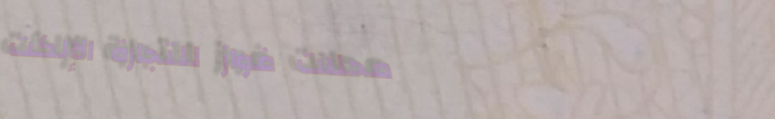
محلات فواز للتجارة الإلكت